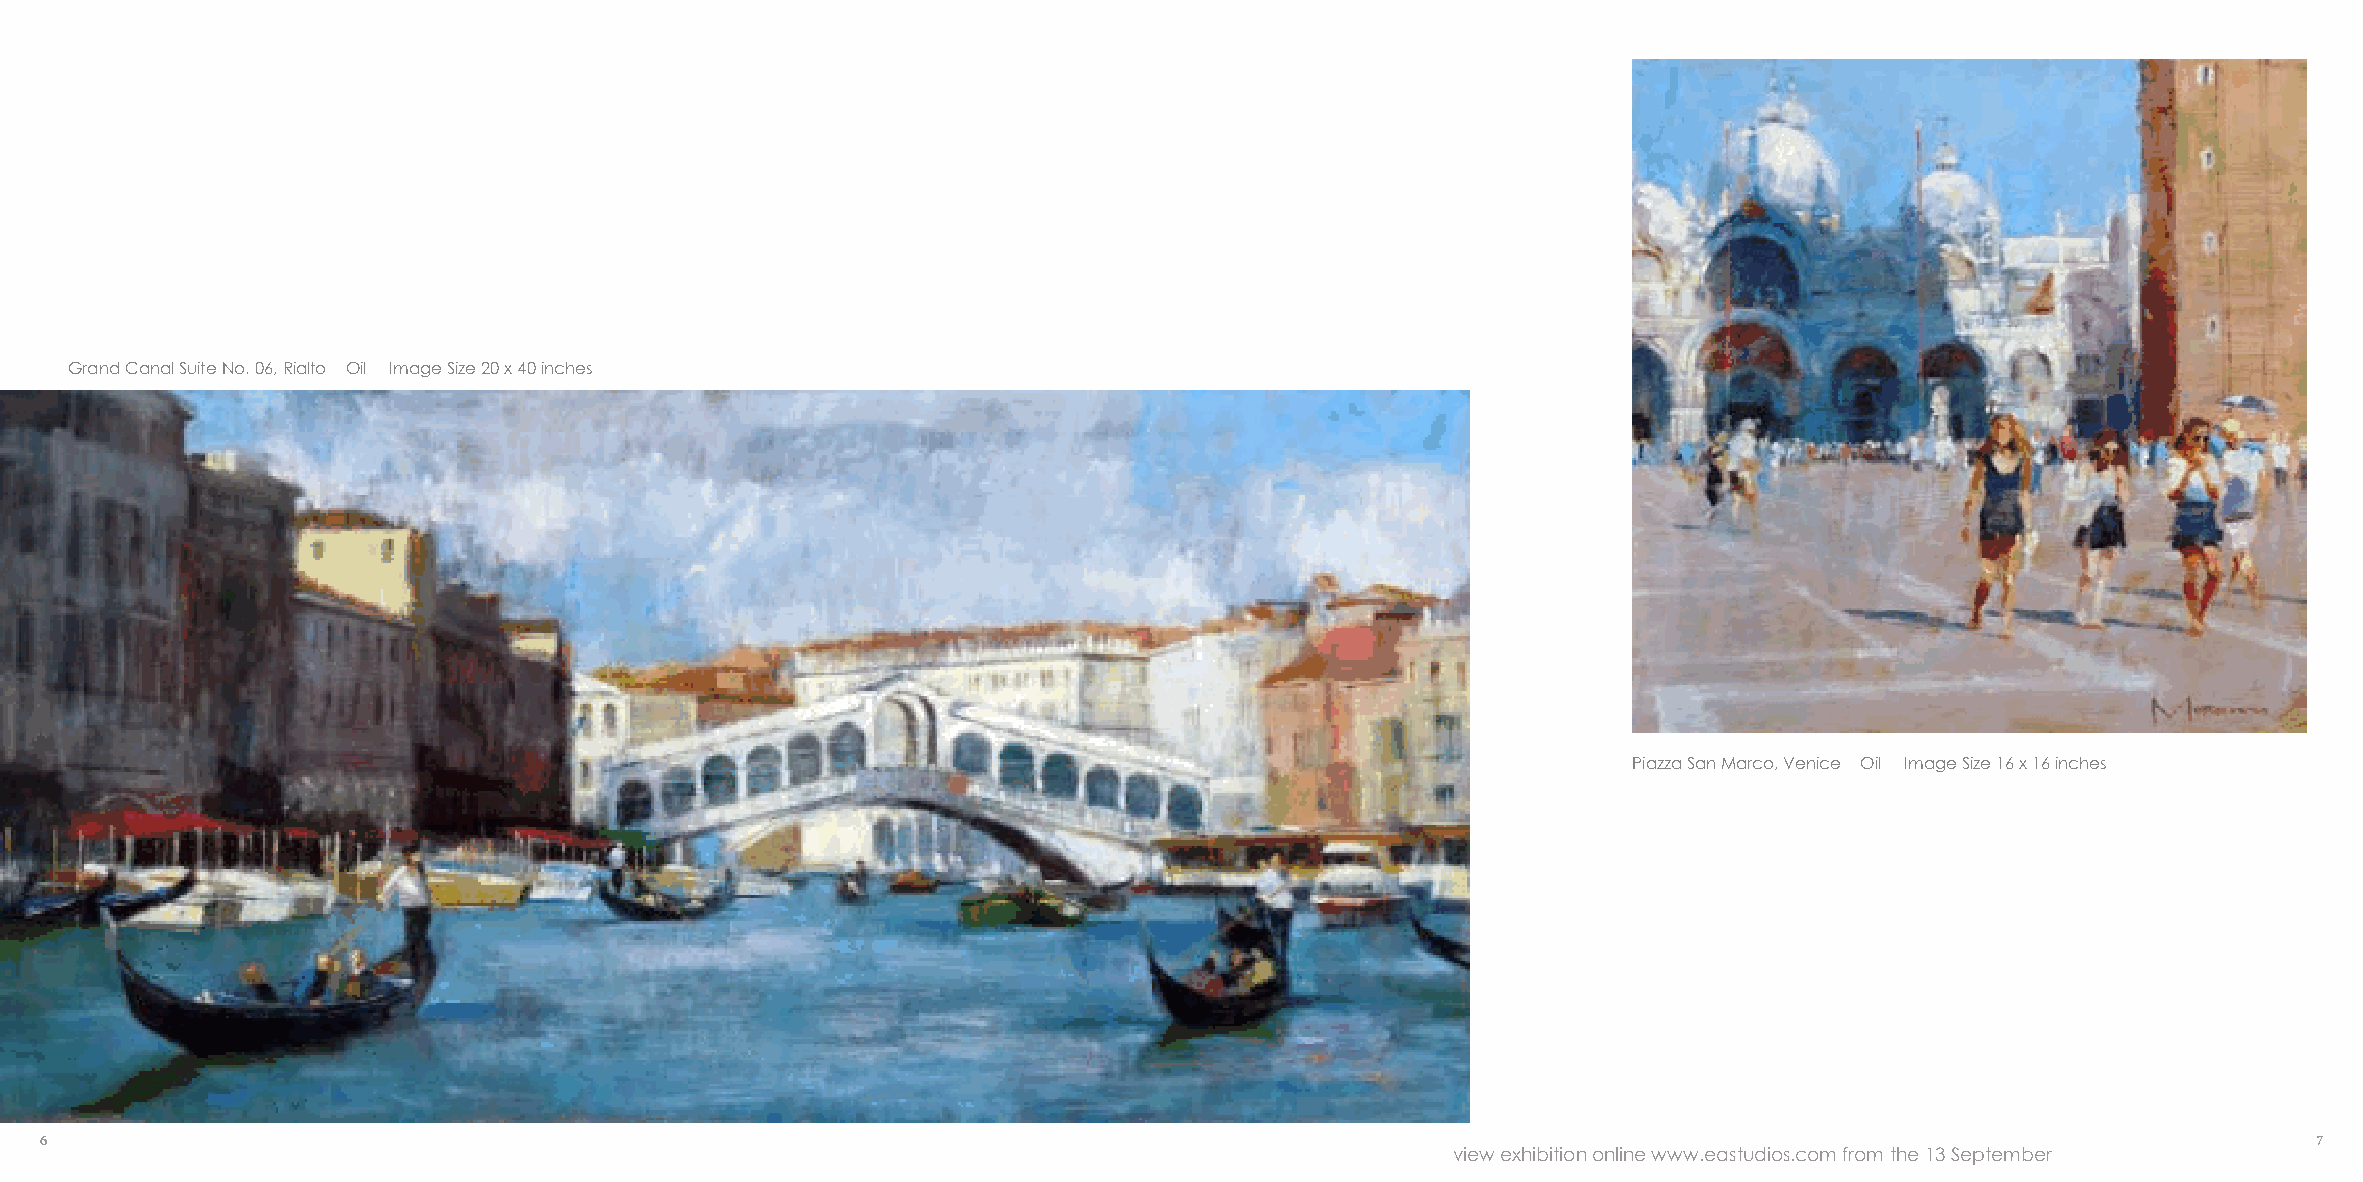
Grand Canal Suite No. 06, Rialto Oil Image Size 20 x 40 inches
 Piazza San Marco, Venice Oil Image Size 16 x 16 inches
 6                                                                                                                                                     7
 view exhibition online www.eastudios.com from the 13 September